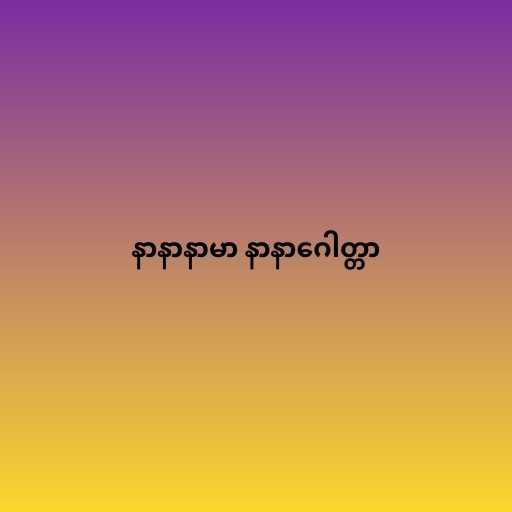
နာနာနာမာ နာနာဂေါတ္တာ